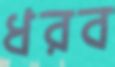
ধরব